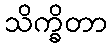
သိက္ခိတာ